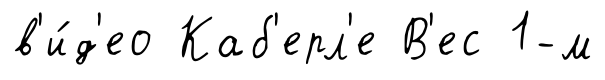
в'и́д'ео Каб'ерл'е В'ес 1-м